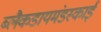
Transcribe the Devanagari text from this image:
ब्लैकडायमंडस्काई